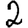
Digit: 2